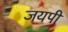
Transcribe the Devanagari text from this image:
जयपी